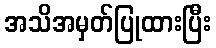
အသိအမှတ်ပြုထားပြီး